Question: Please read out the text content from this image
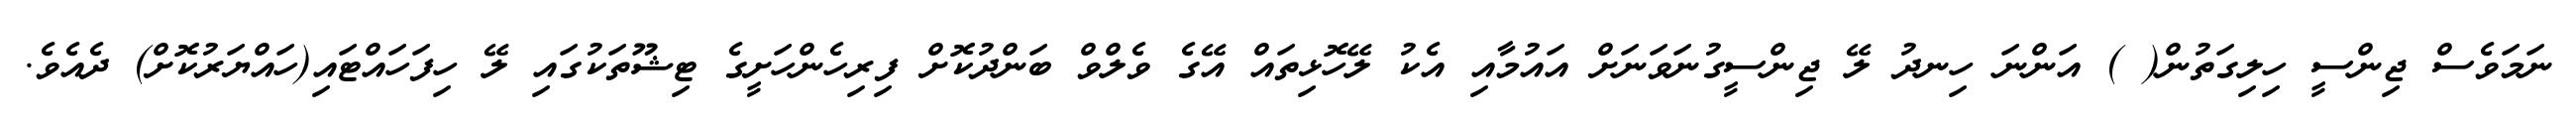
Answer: ނަމަވެސް ޖިންސީ ހިލިގަތުން( ) އަންނަ ހިނދު ލޭ ޖިންސީގުނަވަނަށް އައުމާއި އެކު ލޭހޮޅިތައް އޭގެ ވެލްވް ބަންދުކޮށް ފިރިހެންހަށީގެ ޓިޝޫތަކުގައި ލޭ ހިފަހައްޓައި(ހައްޔަރުކޮށް) ދެއެވެ.